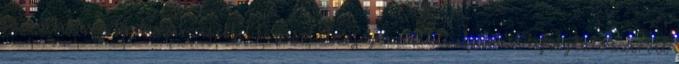
szerveket és a közbeszerzésekkel kapcsolatos jogorvoslati eljárást lefolytató szervet